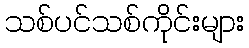
သစ်ပင်သစ်ကိုင်းများ